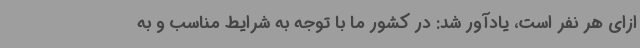
ازای هر نفر است، یادآور شد: در کشور ما با توجه به شرایط مناسب و به